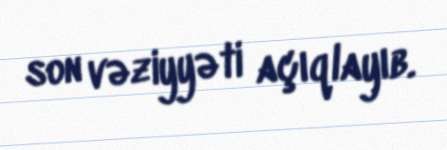
son vəziyyəti açıqlayıb.